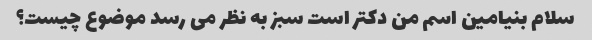
سلام بنیامین اسم من دکتر است سبز به نظر می رسد موضوع چیست؟